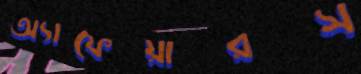
অ্যাফেয়ারস